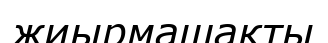
жиырмашақты